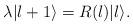
LaTeX: \begin{align*}\lambda|l+1\rangle=R(l)|l\rangle.\end{align*}